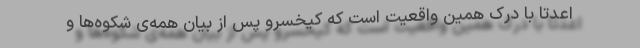
اعدتاً با درک همین واقعیت است که کیخسرو پس از بیان همه‌ی شکوه‌ها و